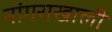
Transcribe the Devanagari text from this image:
नांगराखाली